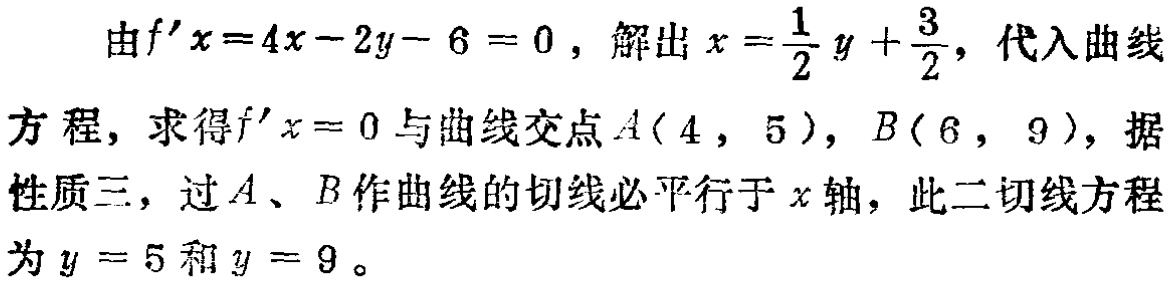
由\(f^{\prime}x = 4x - 2y - 6 = 0\)，解出\(x = \frac{1}{2}y + \frac{3}{2}\)，代入曲线方程，求得\(f^{\prime}x = 0\)与曲线交点\(A(4, 5)\)，\(B(6, 9)\)，据性质三，过\(A\)、\(B\)作曲线的切线必平行于\(x\)轴，此二切线方程为\(y = 5\)和\(y = 9\)。